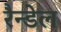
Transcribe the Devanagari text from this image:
रैन्डेल